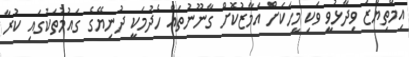
އިމްތިޔާޒު ވިދާޅުވީ ވަކި މީހަކަށް އަމާޒުކޮށް ގާނޫނުތައް ހެދުމަކީ ދުނިޔޭގެ ގައުމުތަކުގައި ކުރާ